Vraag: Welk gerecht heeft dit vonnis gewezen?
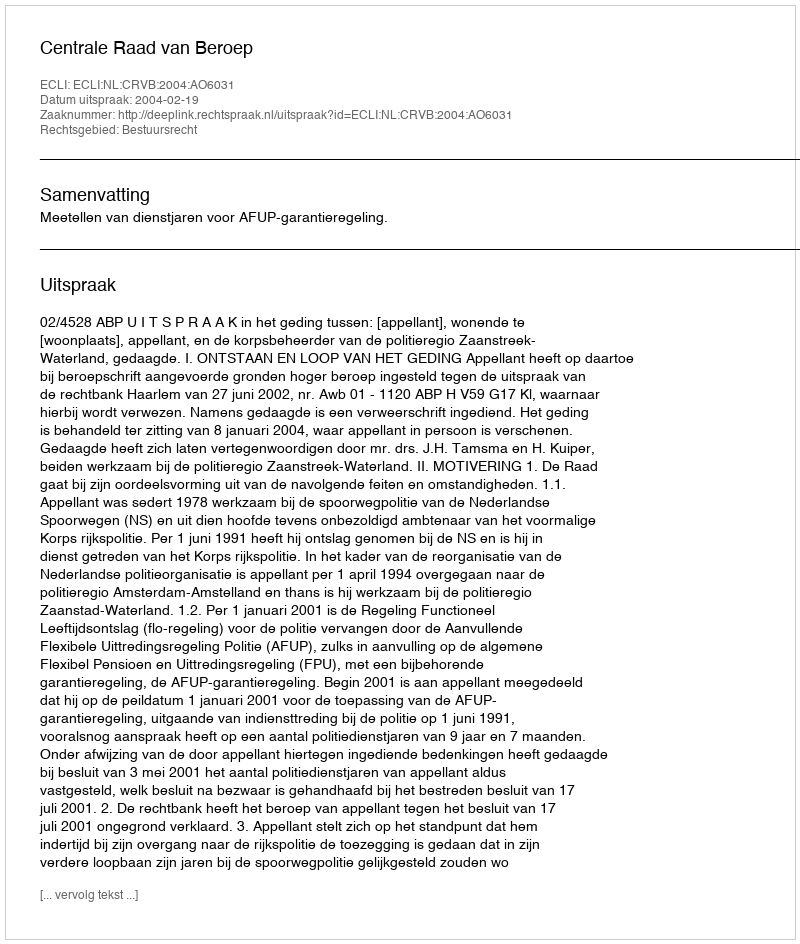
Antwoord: Centrale Raad van Beroep